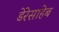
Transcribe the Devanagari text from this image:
डेरेसाहेब